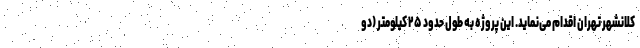
کلانشهر تهران اقدام می‌نماید. این پروژه به طول حدود ۲۵ کیلومتر (دو